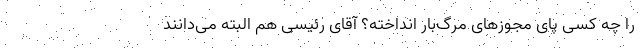
را چه کسی پای مجوزهای مرگ‌بار انداخته؟ آقای رئیسی هم البته می‌دانند